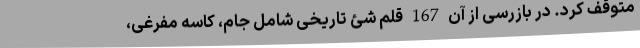
متوقف کرد. در بازرسی از آن 167 قلم شئ تاریخی شامل جام، کاسه مفرغی،